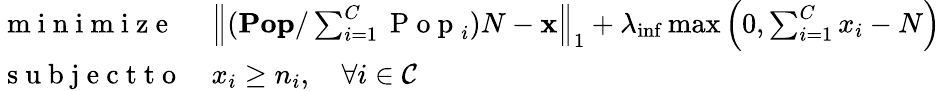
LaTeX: \begin{array}{ll}{\mathrm{~m~i~n~i~m~i~z~e~}}&{\left\| (\mathbf{Pop}/\sum_{i=1}^{C}\mathrm{~P~o~p~}_{i})N-\mathbf{x}\right\| _{1}+\lambda_{\mathrm{inf}}\operatorname*{max}\left(0,\sum_{i=1}^{C}x_{i}-N\right)}\\ {\mathrm{~s~u~b~j~e~c~t~t~o~}}&{x_{i}\geq n_{i},\quad\forall i\in\mathcal{C}}\end{array}